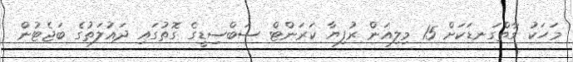
މަހަކު ގާތްގަނޑަކަށް 15 މިލިއަން ރުފިޔާ ކަރަންޓް ސަބްސިޑީގެ ގޮތުގައި ދައުލަތުގެ ބަޖެޓުން